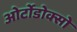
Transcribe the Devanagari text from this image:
ओर्टोडोक्सो